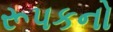
રૂપકનો